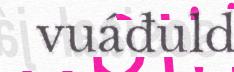
vuáđuld